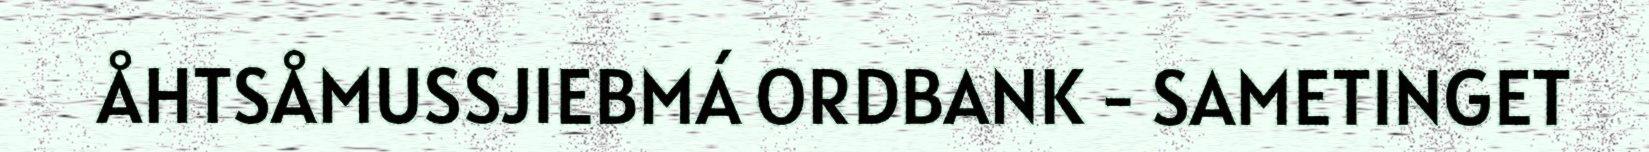
ÅHTSÅMUSSJIEBMÁ ORDBANK - SAMETINGET